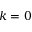
k = 0